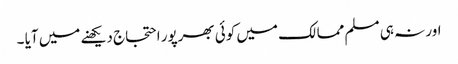
اور نہ ہی مسلم ممالک میں کوئی بھرپور احتجاج دیکھنے میں آیا ۔